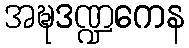
အဍ္ဎဒဏ္ဍကေန